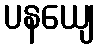
ပနယျေ